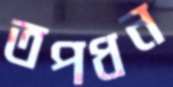
তপধন